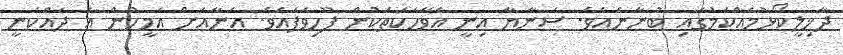
ދާޚިލީކޯޅުމެއްކަމުގައި ބުނާނެއެވެ. ސަނާޔާ އިނީ އެވާހަކަތަކުން ފޫހިވެފައެވެ. އެނާއަށް އެމީހުން އެ ދައްކަނީ